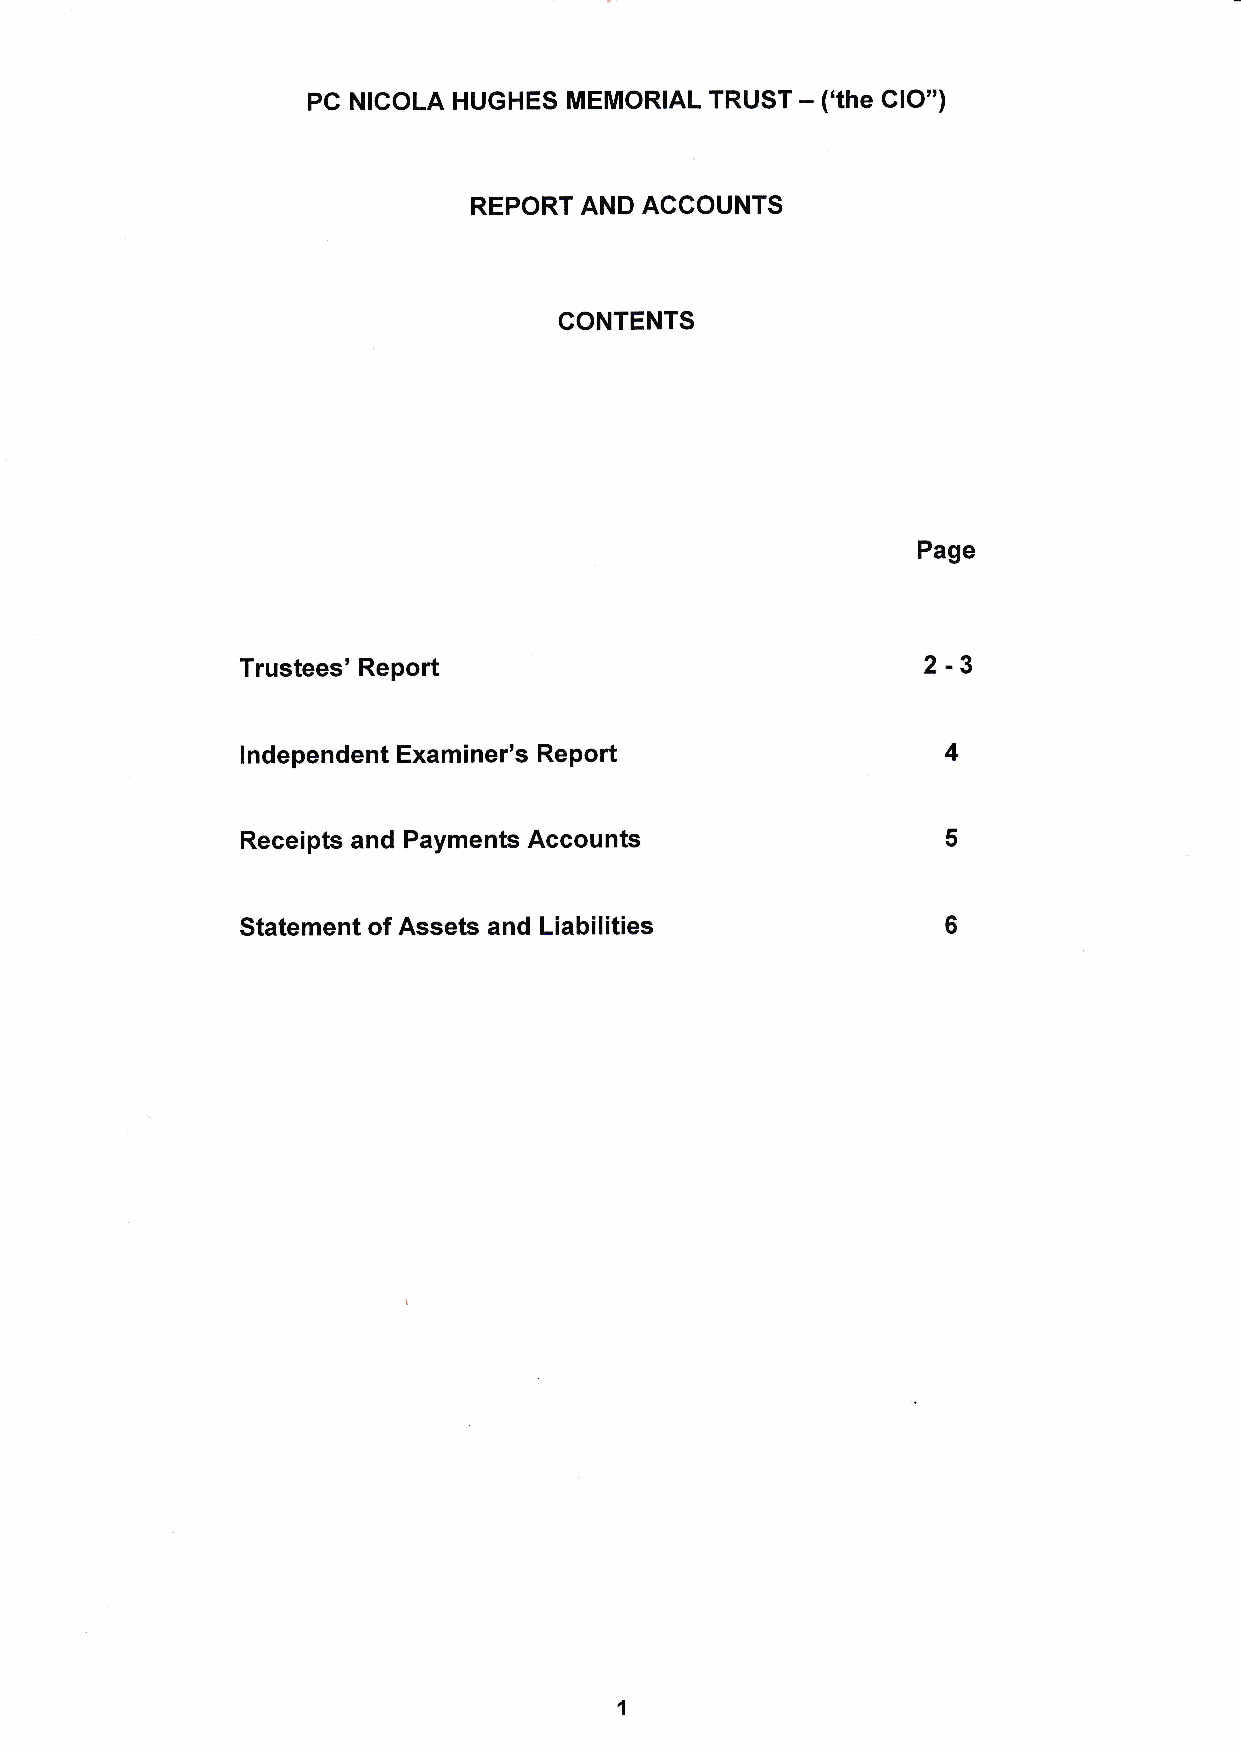
PC NICOLA HUGHES  MEMORIAL TRUST - ('the ClO")
 REPORT AND  ACCOUNTS
 CONTENTS
 Page
 2-3
 Trustees'Report
 ndependent Examiner's Report                   4
 I
 Receipts and Payments Accounts                 5
 Statement of Assets and Liabilities            6